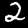
Label: 2